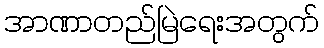
အာဏာတည်မြဲရေးအတွက်